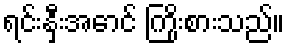
ရင်းနှီးအောင် ကြိုးစားသည်။